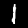
Digit: 1